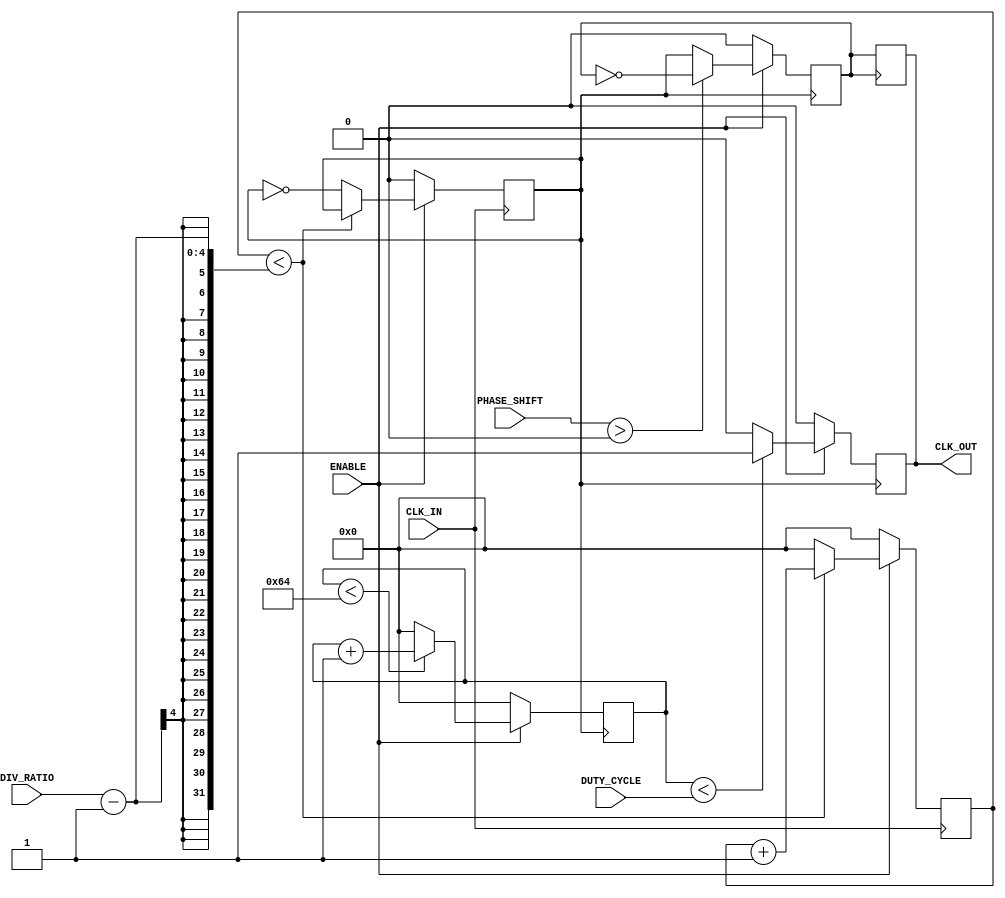
module ProgrammableClockBuffer (
    input wire CLK_IN,           // Primary clock input
    input wire ENABLE,           // Enable signal
    input wire [3:0] DIV_RATIO,  // Programmable division ratio
    input wire [3:0] PHASE_SHIFT, // Programmable phase shift
    input wire [3:0] DUTY_CYCLE,  // Programmable duty cycle (in percentage)
    output reg CLK_OUT           // Output clock signal
);

    reg [3:0] counter;           // Counter for clock division
    reg [3:0] duty_counter;      // Counter for duty cycle modulation
    reg clk_div;                 // Divided clock signal
    reg clk_phase;               // Phase adjusted clock signal

    // Clock Divider
    always @(posedge CLK_IN) begin
        if (ENABLE) begin
            if (counter < DIV_RATIO - 1) begin
                counter <= counter + 1;
            end else begin
                counter <= 0;
                clk_div <= ~clk_div; // Toggle divided clock
            end
        end else begin
            counter <= 0;
            clk_div <= 0; // Disable divided clock
        end
    end

    // Duty Cycle Modulator
    always @(posedge clk_div) begin
        if (ENABLE) begin
            if (duty_counter < DUTY_CYCLE) begin
                CLK_OUT <= 1; // Output high for duty cycle duration
            end else begin
                CLK_OUT <= 0; // Output low for remaining time
            end
            
            if (duty_counter < 100) begin
                duty_counter <= duty_counter + 1;
            end else begin
                duty_counter <= 0; // Reset duty cycle counter
            end
        end else begin
            CLK_OUT <= 0; // Disable output clock
            duty_counter <= 0; // Reset duty cycle counter
        end
    end

    // Phase Shifter
    always @(posedge clk_div) begin
        if (ENABLE) begin
            // Simple phase adjustment logic (can be enhanced)
            if (PHASE_SHIFT > 0) begin
                clk_phase <= ~clk_phase; // Toggle phase based on shift
            end else begin
                clk_phase <= clk_div; // No phase shift
            end
        end else begin
            clk_phase <= 0; // Disable phase adjustment
        end
    end

    // Final output clock
    always @(posedge clk_phase) begin
        CLK_OUT <= clk_phase; // Output the phase adjusted clock
    end

endmodule